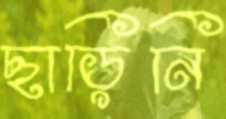
ছাড়িনি